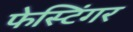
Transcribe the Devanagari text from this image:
फेस्टिंगर